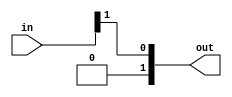
module only2quadrants(in,out);
input[1:0]in;
output [1:0]out =in[1];
endmodule